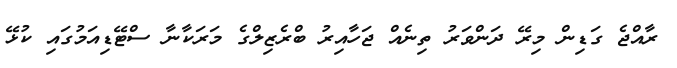
ރާއްޖެ ގަޑިން މިރޭ ދަންވަރު ތިނެއް ޖަހާއިރު ބްރެޒިލްގެ މަރަކާނާ ސްޓޭޑިއަމުގައި ކުޅޭ